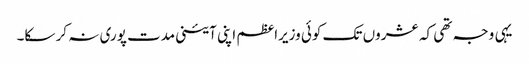
یہی وجہ تھی کہ عشروں تک کوئی وزیراعظم اپنی آئینی مدت پوری نہ کر سکا۔